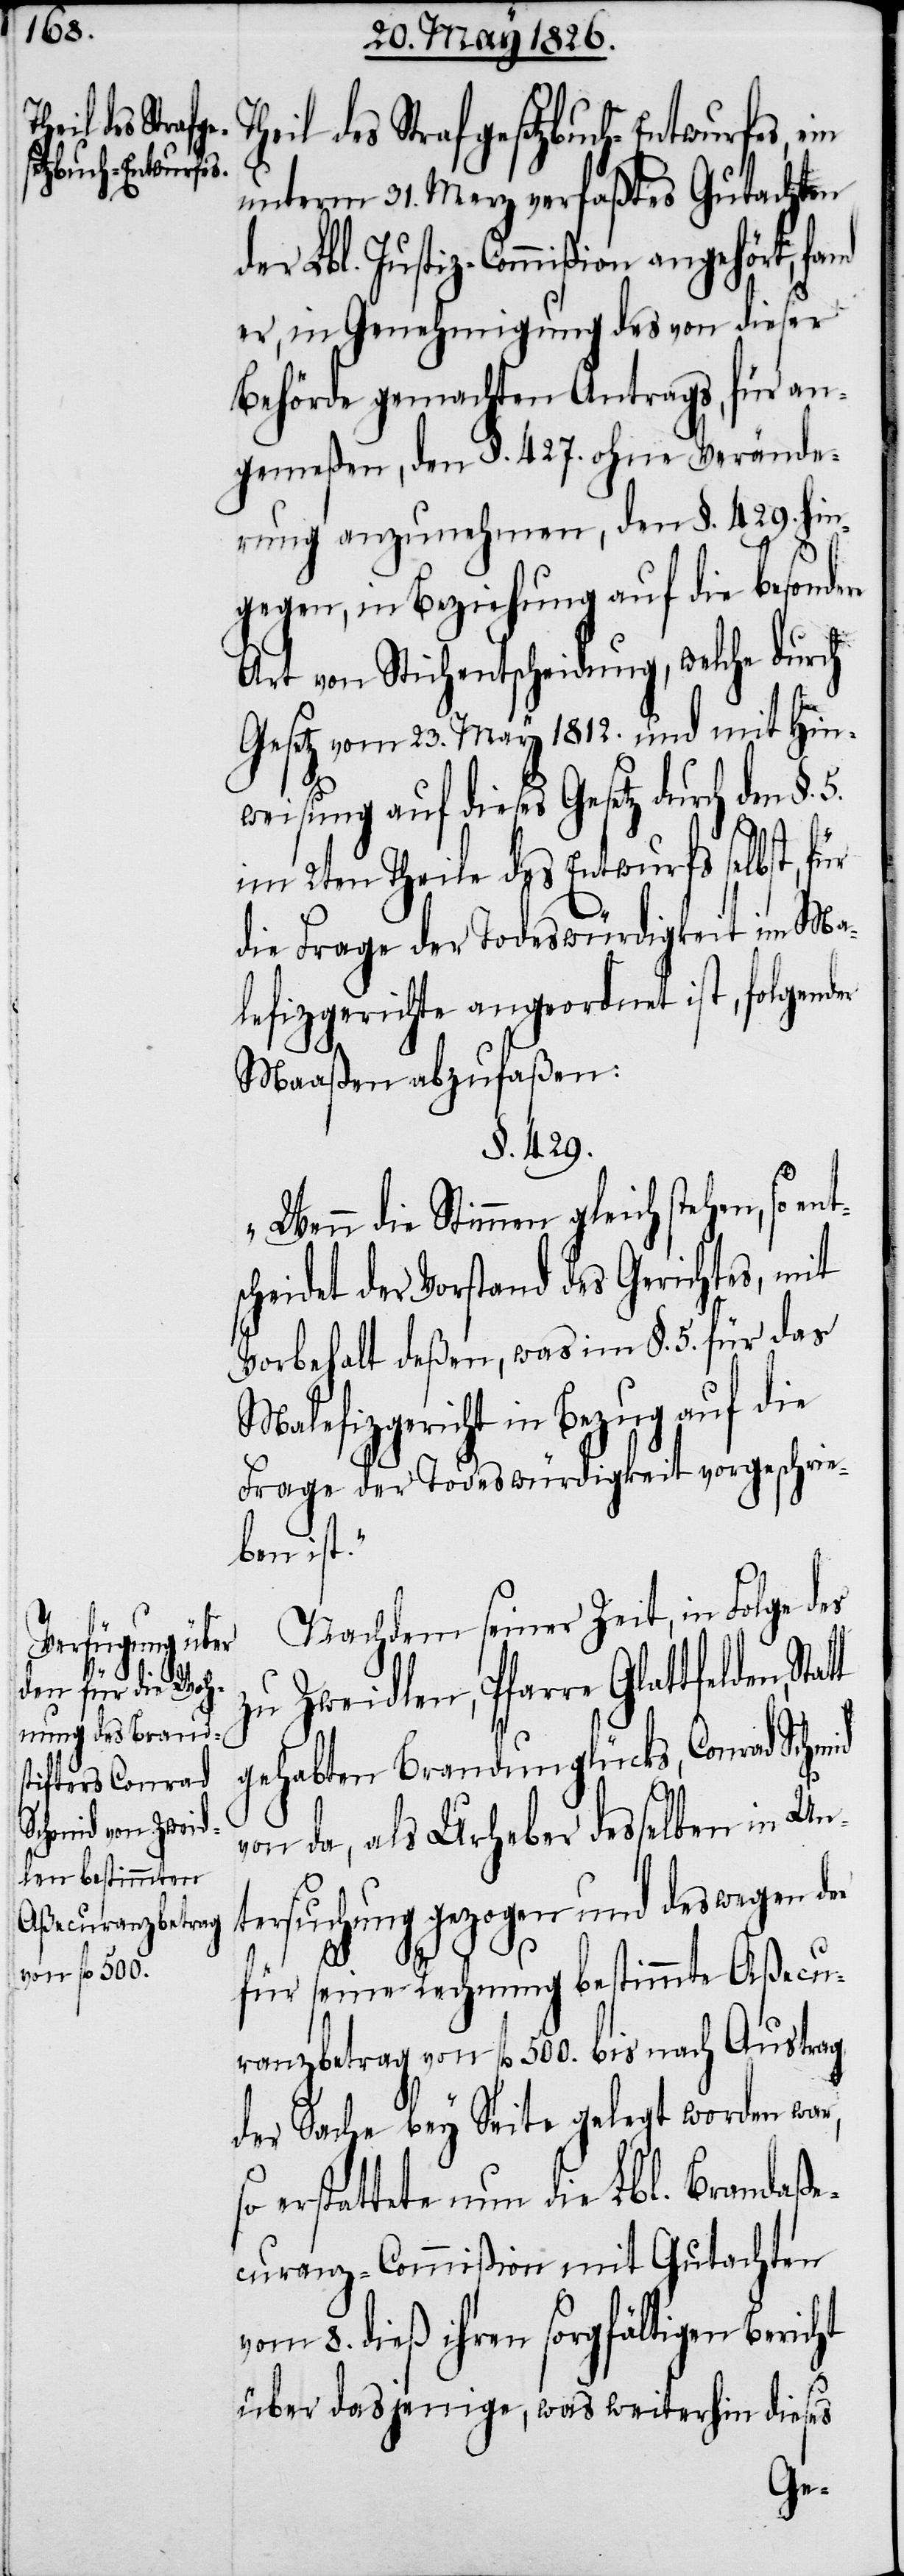
so entsch¬

heil des Strafgesetzbuch-Entwurfes,
unterm 31. Merz verfaßtes Gutachten
er Lbl. Justiz-Commißion angehört,
er, in Genehmigung des von dieser
Behörde gemachten Antrags, für an¬
gemeßen, den §. 427. ohne Verände¬
rung anzunehmen, den §. 429. hin¬
gegen, in Beziehung auf die besond¬
Art von Stichentscheidung, welche durch
Gesetz vom 23. May 1812. und mit Hin¬
weisung auf dieses Gesetz durch den §.
5.
im 2ten Theile des Entwurfs selbst, für
die Frage der Todeswürdigkeit im Ma¬
lefizgerichte angeordnet ist, folgender
Maaßen abzufaßen:
§. 429.
„Wenn die Stimmen gleich stehen,
eidet der Vorstand des Gerichtes, mit
Vorbehalt deßen, was im §. 5. für das
Malefizgericht in Bezug auf die
Frage der Todeswürdigkeit vorgeschrie¬
ben ist.“
Nachdem seiner Zeit, in Folge des
zu Zweidlen, Pfarre Glattfelden,
gehabten Brandunglücks, Conrad Schmid
von da, als Urheber desselben in Un¬
tersuchung gezogen und deswegen der
d¬
für seine Rechnung bestimmte Aßecu¬
ranzbetrag von fl. 500. bis nach Austrag
der Sache bey Seite gelegt worden war,
erstattete nun die Lbl. Brandaße¬
curanz-Commißion mit Gutachten
vom 8. dieß ihren sorgfältigen Bericht
über dasjenige, was weiterhin dieses